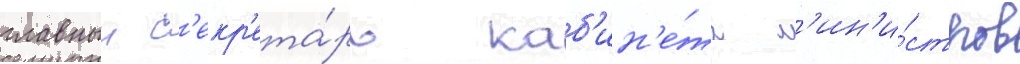
главныи с'екр'ета́рь каб'ин'е́та м'ин'и́стров